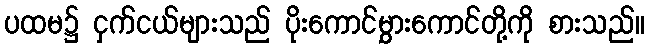
ပထမ၌ ငှက်ငယ်များသည် ပိုးကောင်မွှားကောင်တို့ကို စားသည်။